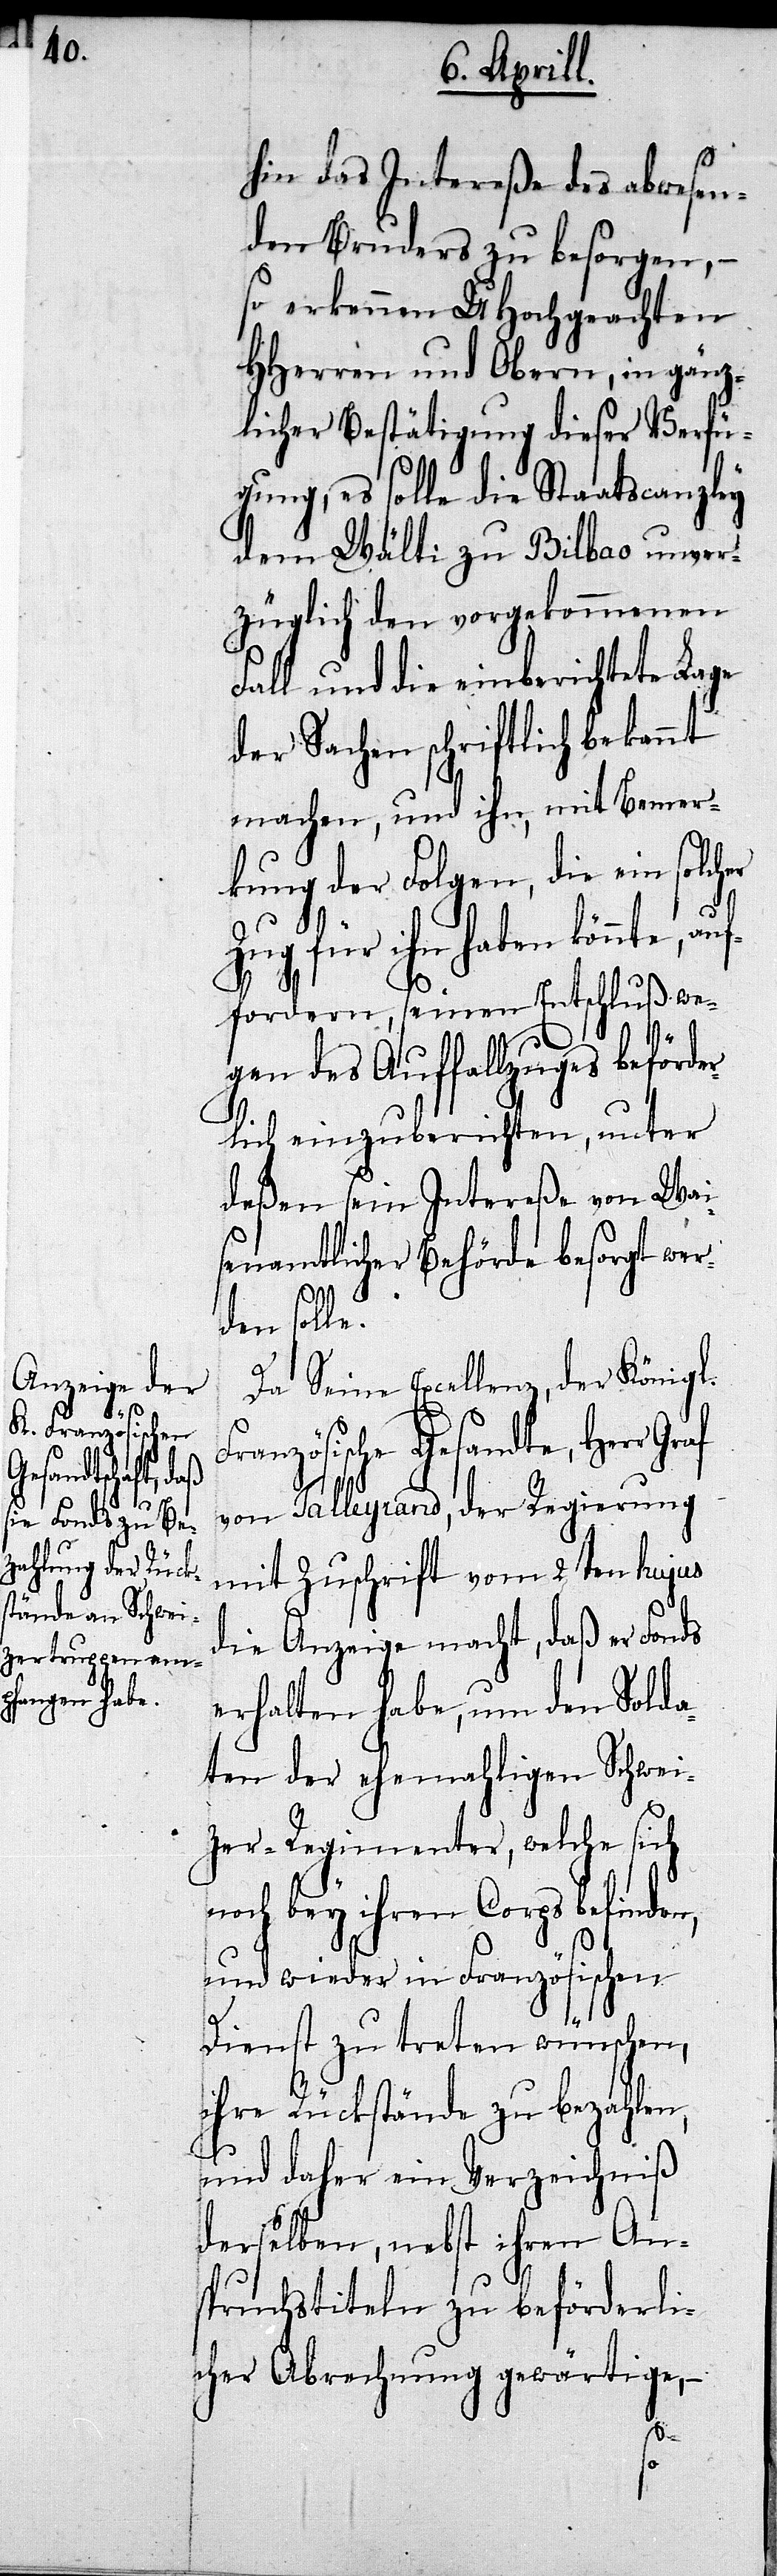
hin das Intereße des abwesen¬
den Bruders zu besorgen,–
so erkennen UHochgeachten
HHerren und Obern, in gän¬
zlicher Bestätigung dieser Verfü¬
anzley
gung, es solle die Sta¬
dem Wälti zu Bilbao unver¬
züglich den vorgekommenen
Fall und die einberichtete Lage
der Sachen schriftlich bekannt
machen, und ihn, mit Bemer¬
kung der Folgen, die ein solch¬
Zug für ihn haben könnte,
fordern, seinen Entschluß we¬
gen des Auffallzuges beförde¬
rlich einzuberichten, unter
deßen sein Intereße von Wai¬
senamtlicher Behörde besorgt wer¬
auf¬
den solle.
Da Seine Excellenz, der Königl.
Französische Gesandte, Herr Graf
von Talleyrand, der Regierung
mit Zuschrift vom 2ten hujus
die Anzeige macht, daß er Fonds
erhalten habe, um den Solda¬
ten der ehemahligen Schwei¬
zer-Regimenter, welche sich
noch bey ihren Corps befinde¬
und wieder in Französischen
Dienst zu treten wünschen,
ihre Rückstände zu bezahlen,
und daher ein Verzeichniß
derselben, nebst ihren An¬
spruchstiteln zu beförderli¬
cher Abrechnung gewärtige,–
n,